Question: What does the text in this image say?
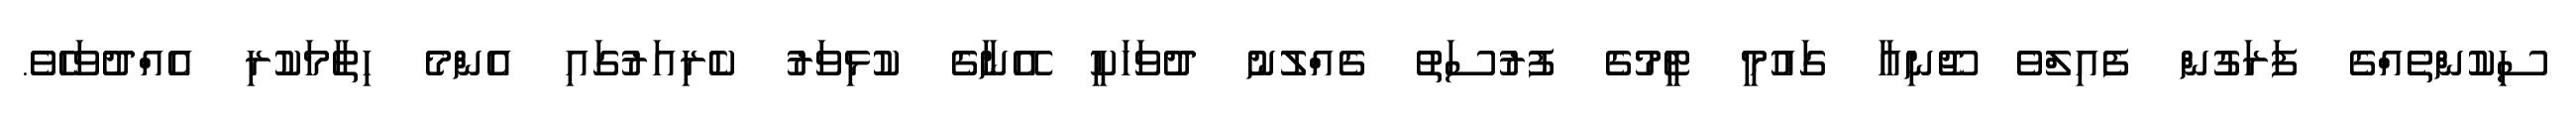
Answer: ސިކުންތެއްގެ ފަރަގުން ފެއިލްވެ ޖޫނިއާ ގައުމީ ޓީމުގެ ފުރުސަތު ގެއްލުނު ދުވަހަކީ އޭނާގެ ކުޅިވަރު ކެރިއަރުގައި އެންމެ ހިތާމަކުރި އެއްދުވަހެވެ.